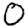
Digit: 0